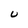
Character: U